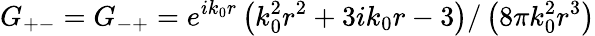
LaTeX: G_{+-}=G_{-+}=e^{ik_{0}r}\left(k_{0}^{2}r^{2}+3ik_{0}r-3\right)/\left(8\pi k_{0}^{2}r^{3}\right)